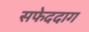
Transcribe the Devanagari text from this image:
सफेददाग